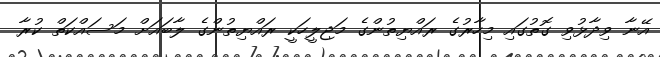
އޭނާ ވިދާޅުވި ގޮތުގައި މިހާރުގެ ރައްޔިތުންގެ މަޖިލީހަކީ ރައްޔިތުންގެ ލާބައަށް މަސައްކަތް ކުރާ